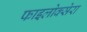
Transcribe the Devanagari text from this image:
फाइलोक्सेरा